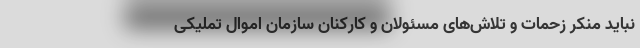
نباید منکر زحمات و تلاش‌های مسئولان و کارکنان سازمان اموال تملیکی